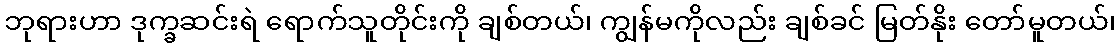
ဘုရားဟာ ဒုက္ခဆင်းရဲ ရောက်သူတိုင်းကို ချစ်တယ်၊ ကျွန်မကိုလည်း ချစ်ခင် မြတ်နိုး တော်မူတယ်၊